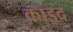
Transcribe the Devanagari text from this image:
क़ाइद